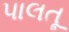
પાલતૂ